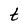
Character: t